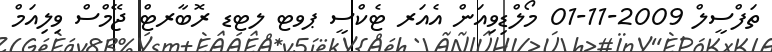
ތަފްސީލް 2009-11-01 މޯލްޑިވިއަން އެއަރ ޓެކްސީ ޕވޓ ލޓޑ ރޮބާރޓް ޖޭމްސް ވިލިއަމް